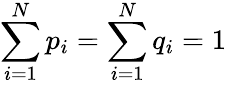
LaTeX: \sum_{i=1}^{N}p_{i}=\sum_{i=1}^{N}q_{i}=1